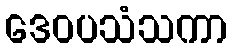
ဒေဝပသံသကာ